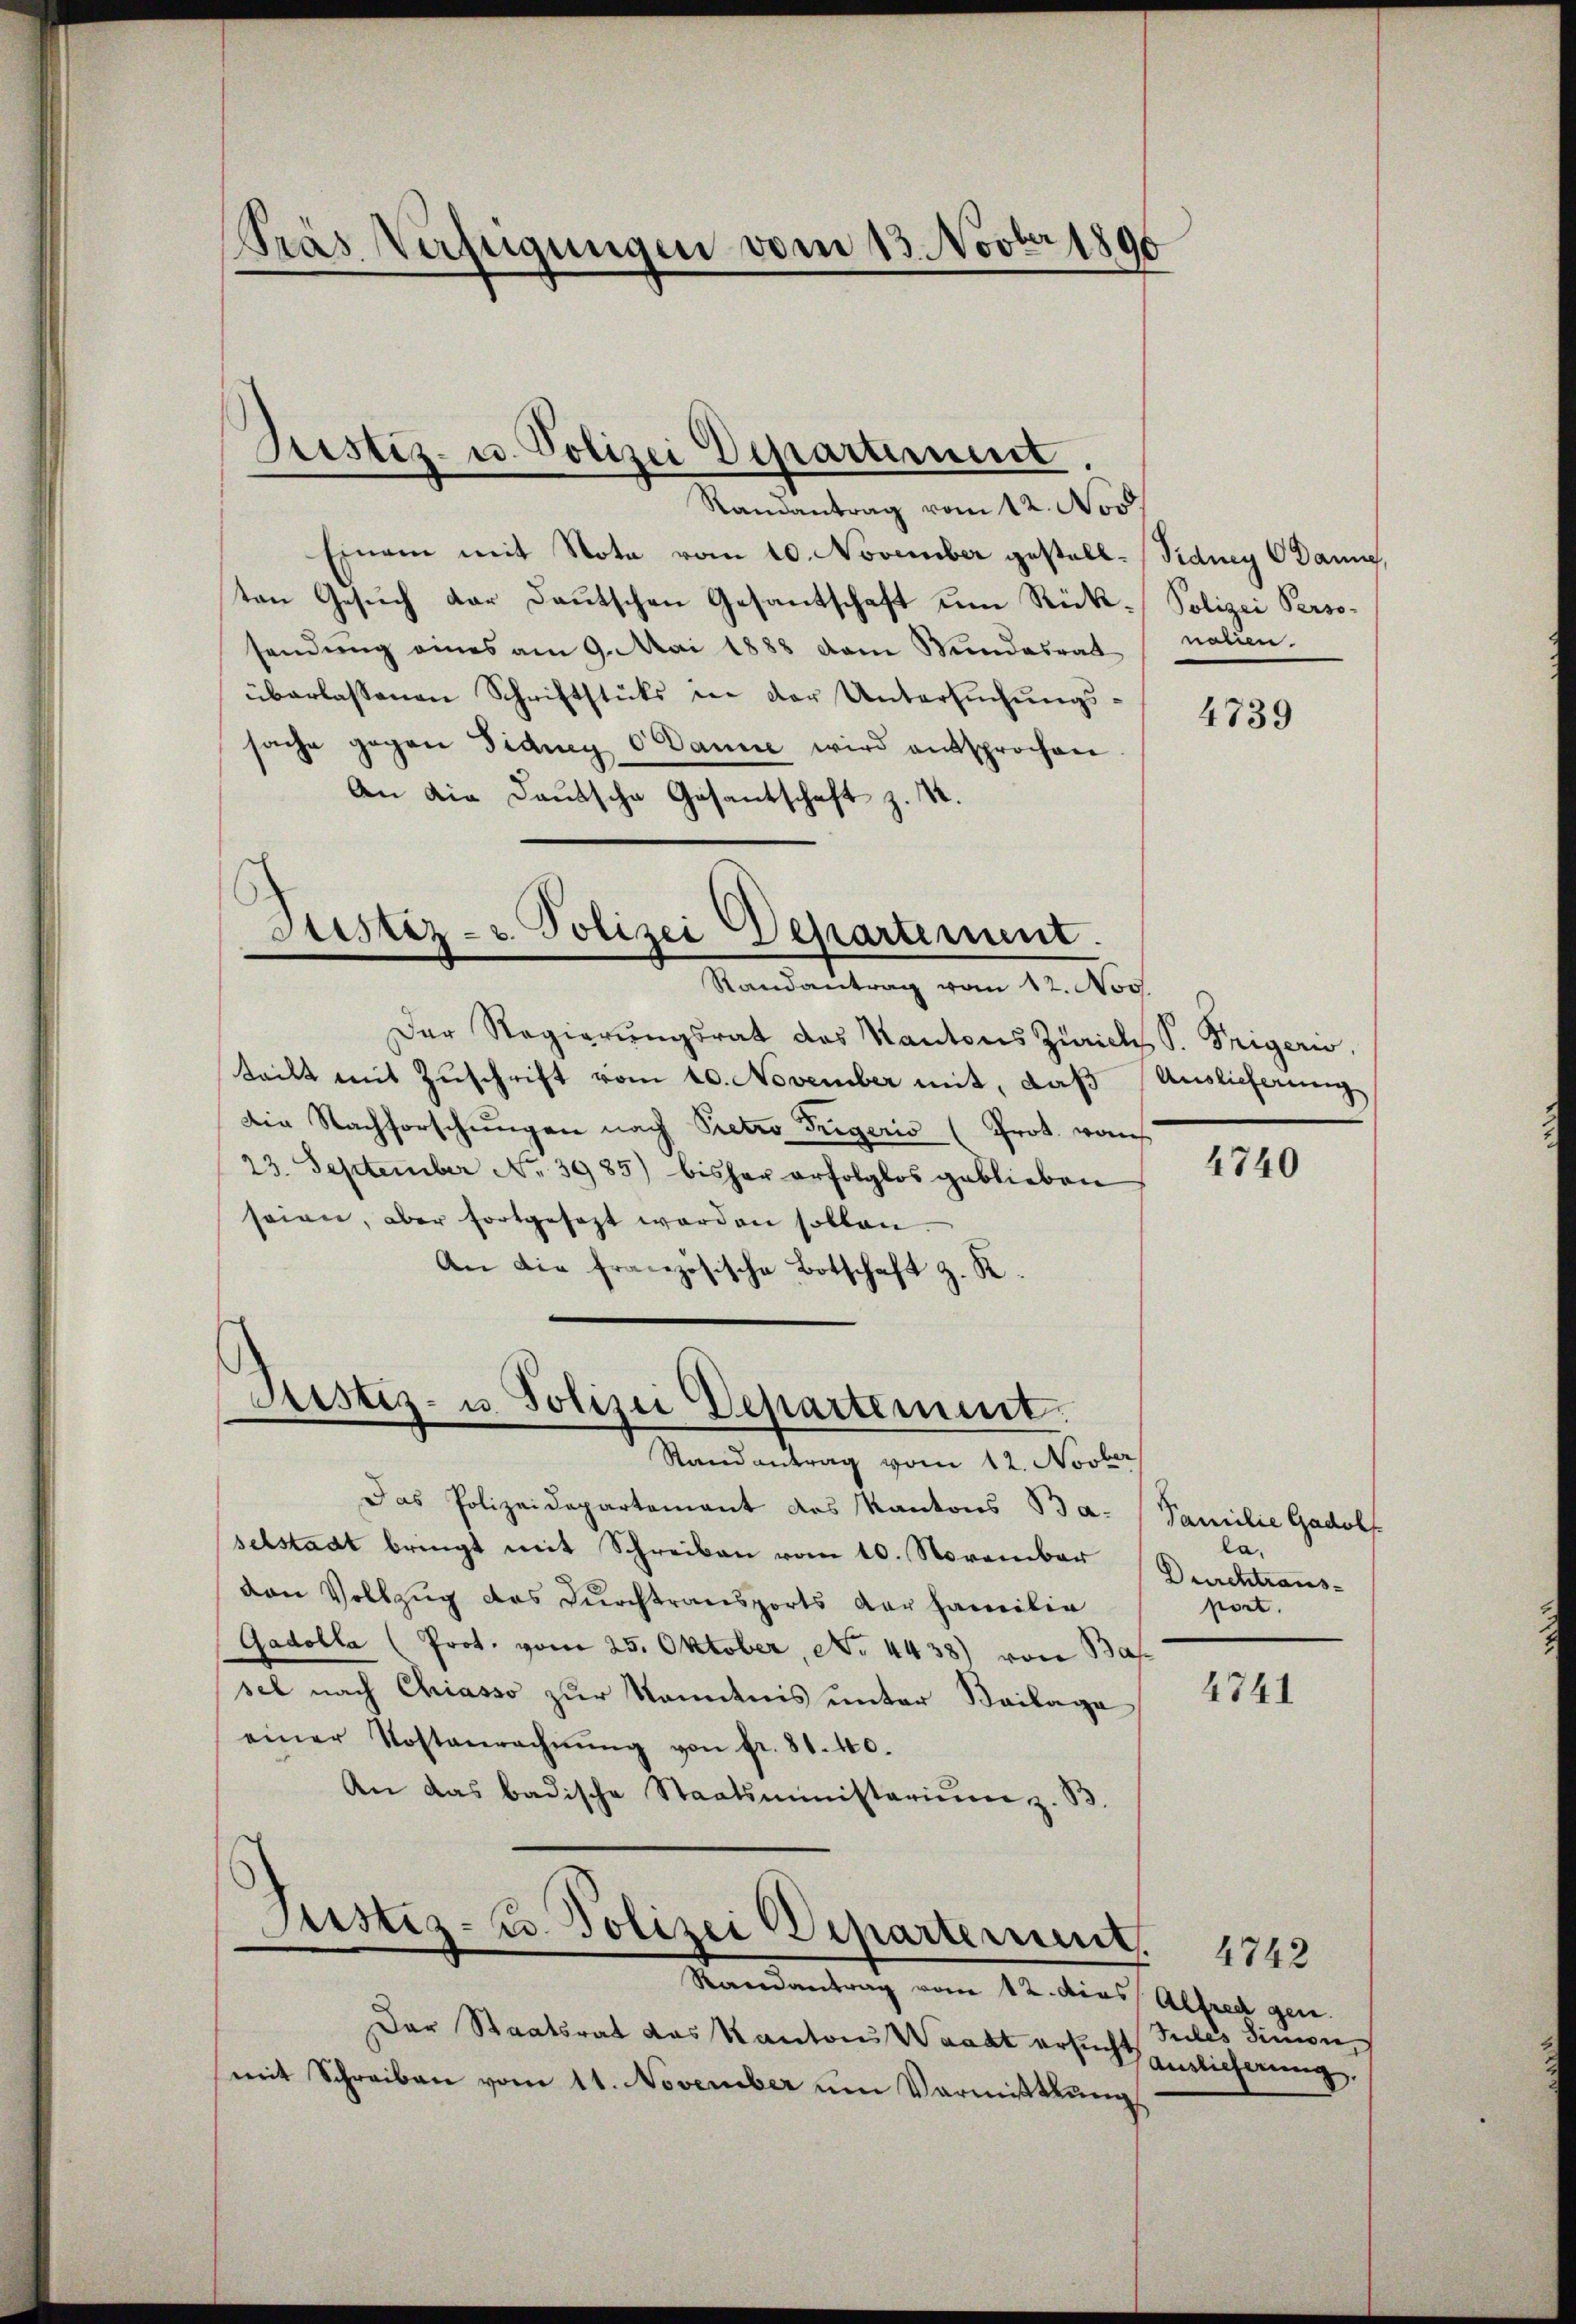
Pras Verfügungen vom 13. Novber 1890

Pristiz- u. Polizei Departement.

Randantrag vom 12. Nov.
Einem mit Nota vom 10. November gestell-Sidney Danne,
ten Gesuch dar Deutschen Gesantschaft um Rücksendung eines am 9. Mai 1888 vom Wundesrat
überlassenen Schriftstücks in der Untersuchungssache gegen Fidung 6 Danne wird entsprochen.
An die Deutsche Gesantschaft z. R.

Der Regierŭngsrat des Kantons Zürich S. Trigerw
teilt mit Zuschrift vom 10. November mit, daß
Die Nachforschungen nach Pretzo Trigeris (Prot. von
23. September No. 3985) bisher erfolglos geblieben
seien, aber fortgesezt werden sollen
An die französische Botschaft z. R.

Justiz- u. Polizei Departement.
Randantrag vom 12. Nov.

Justiz- u. Polizei Departement.
Randantrag vom 12. Novber

Das Polizeidepartement des Kantons Baselstadt bringt mit Schreiben vom 10. November
van Vollzug des Durchtransports der Familie
Gadolla (Prot. vom 25. Oktober, No 4438) von Bas
sel nach Chiasso zur Kenntnis unter Beilage
einer Kostenrechnŭng von fr. 81. 40.
An das badische Staatsministerium z. B.

Justiz- u. Polizei Departement.

Randantrag vom 12. dies Alfred gen.
Der Staatsrat das Kantons Waadt ersuchteilicherung.
mit Schreiben vom 11. November um Vormittlung

Polizei Perso-
nalien.

4739

Auslieferung

4740

Familie Gadolf
la.
Durchtraus-
pört.

4741

4742
Siles Simon